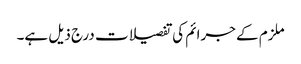
ملزم کے جرائم کی تفصیلات درج ذیل ہے۔